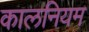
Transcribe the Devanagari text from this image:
कालनियम